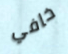
خافي